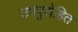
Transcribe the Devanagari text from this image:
उपपुरोहित